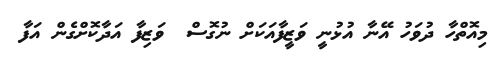
މިއޮތްހާ ދުވަހު އޭނާ އުޅުނީ ވަޒީފާއަކަށް ނުގޮސް  ވަޒިފާ އަދާކޮށްގެން އަފާ